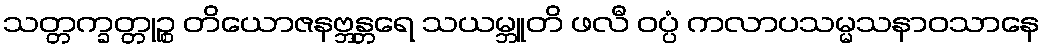
သတ္တက္ခတ္တုဉ္စ တိယောဇနဗ္ဘန္တရေ သယမ္ဘူတိ ဖလီ ဝပ္ပံ ကလာပသမ္မသနာဝသာနေ